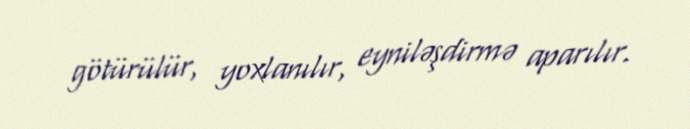
götürülür, yoxlanılır, eyniləşdirmə aparılır.